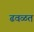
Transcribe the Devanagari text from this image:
ढवळत